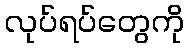
လုပ်ရပ်တွေကို